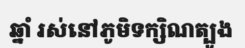
ឆ្នាំ រស់នៅភូមិទក្សិណត្បូង